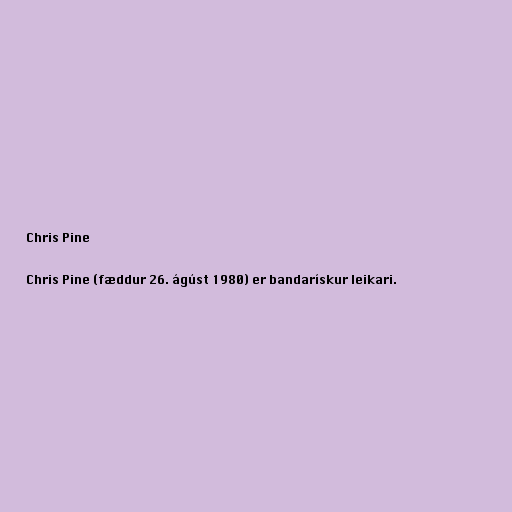
Chris Pine

Chris Pine (fæddur 26. ágúst 1980) er bandarískur leikari.